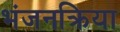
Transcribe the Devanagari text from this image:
भंजनक्रिया